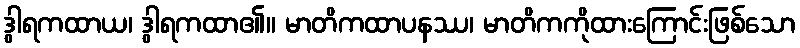
ဒွါရကထာယ၊ ဒွါရကထာ၏။ မာတိကထာပနဿ၊ မာတိကကိုထားကြောင်းဖြစ်သော